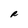
Character: R